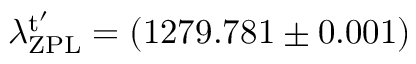
\lambda _ { \mathrm { Z P L } } ^ { \mathrm { t } ^ { \prime } } = ( 1 2 7 9 . 7 8 1 \pm 0 . 0 0 1 )